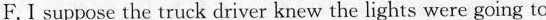
F.I suppose the truck driver knew the lights were going to